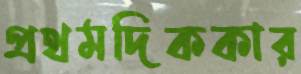
প্রথমদিককার